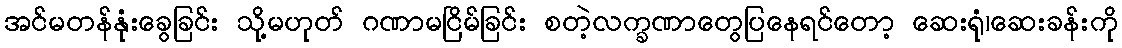
အင်မတန်နုံးခွေခြင်း သို့မဟုတ် ဂဏာမငြိမ်ခြင်း စတဲ့လက္ခဏာတွေပြနေရင်တော့ ဆေးရုံ၊ဆေးခန်းကို